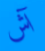
آش